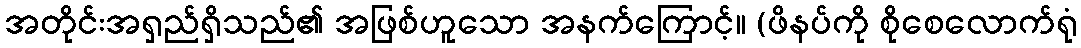
အတိုင်းအရှည်ရှိသည်၏ အဖြစ်ဟူသော အနက်ကြောင့်။ (ဖိနပ်ကို စိုစေလောက်ရုံ